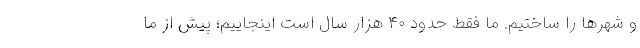
و شهرها را ساختیم. ما فقط حدود ۴۰ هزار سال است اینجاییم؛ پیش از ما